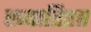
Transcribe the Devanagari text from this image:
ख्यातिप्रप्त